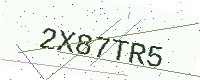
Text: 2X87TR5